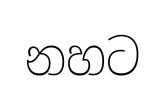
නහට